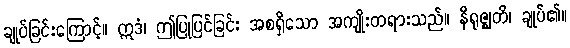
ချုပ်ခြင်းကြောင့်။ ဣဒံ၊ ဤပြုပြင်ခြင်း အစရှိသော အကျိုးတရားသည်။ နိရုဇ္ဈတိ၊ ချုပ်၏။